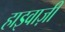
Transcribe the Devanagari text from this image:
हाइवाज़ी